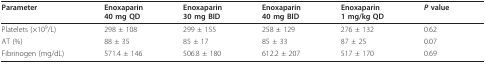
<table><thead><tr><td><b>Parameter</b></td><td><b>Enoxaparin40 mg QD</b></td><td><b>Enoxaparin30 mg BID</b></td><td><b>Enoxaparin40 mg BID</b></td><td><b>Enoxaparin1 mg/kg QD</b></td><td><b><i>P </i>value</b></td></tr></thead><tbody><tr><td>Platelets (×10<sup>9</sup>/L)</td><td>298 ± 108</td><td>299 ± 155</td><td>258 ± 129</td><td>276 ± 132</td><td>0.62</td></tr><tr><td>AT (%)</td><td>88 ± 35</td><td>85 ± 17</td><td>85 ± 33</td><td>87 ± 25</td><td>0.07</td></tr><tr><td>Fibrinogen (mg/dL)</td><td>571.4 ± 146</td><td>506.8 ± 180</td><td>612.2 ± 207</td><td>517 ± 170</td><td>0.69</td></tr></tbody></table>